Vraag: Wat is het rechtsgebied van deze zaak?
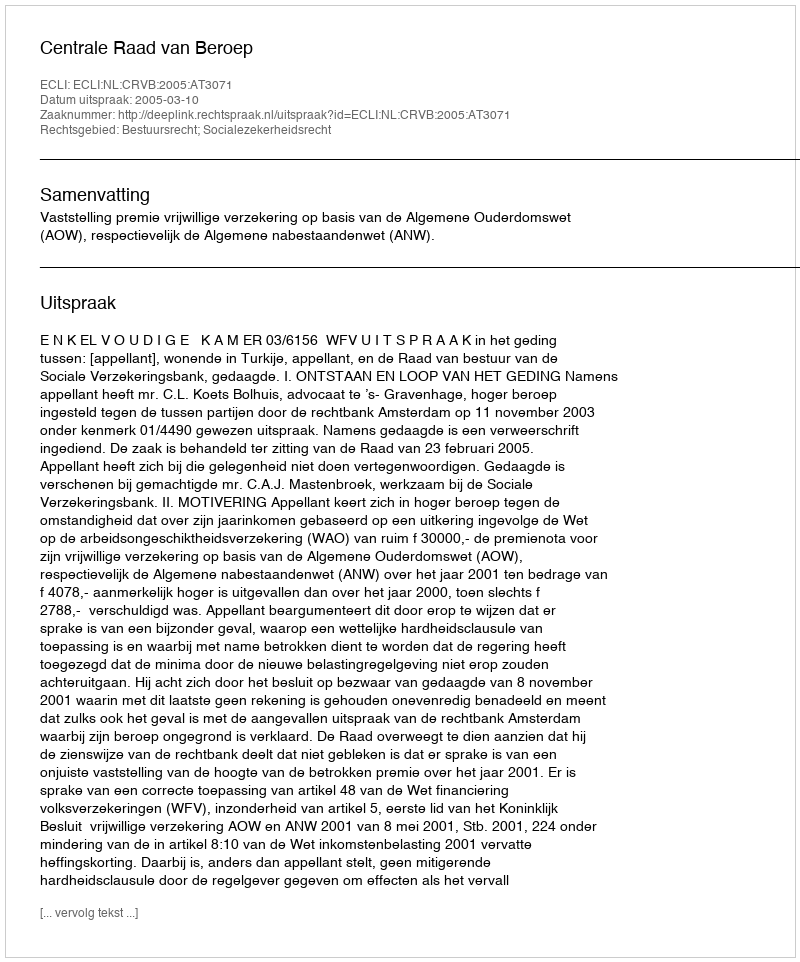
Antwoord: Bestuursrecht; Socialezekerheidsrecht